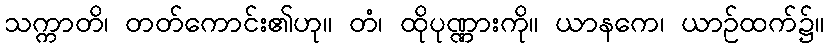
သက္ကာတိ၊ တတ်ကောင်း၏ဟု။ တံ၊ ထိုပုဏ္ဏားကို။ ယာနကေ၊ ယာဉ်ထက်၌။